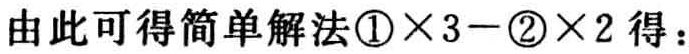
由此可得简单解法\textcircled{1}×3−\textcircled{2}×2得：